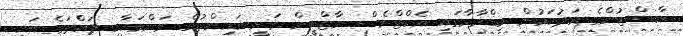
ކާސްޓުންގެ މަދުކަމުން މިޑްރާމާގައި އެކްޓްރެސް ނާޒްލީން ވަނީ އައިންތުގެ މަންމައާއި ދައްތަގެ ބައި